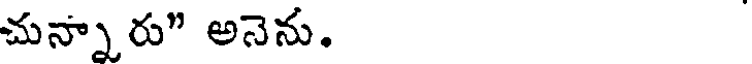
చున్నారు" అనెను.